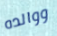
ووالده